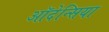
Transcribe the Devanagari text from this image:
ऑदेन्सिया